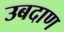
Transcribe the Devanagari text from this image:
उबदाण